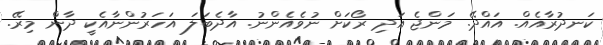
ކަނދުރާއެއް. އައްދޭ. މަންޖެ އަދި ރޯކަށް ނުވެއެންނު. އާދެބަލަ އަހަރުންނާއެކީ ދާން މިރޭ.